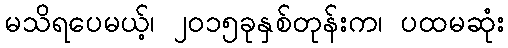
မသိရပေမယ့်၊ ၂၀၁၅ခုနှစ်တုန်းက၊ ပထမဆုံး